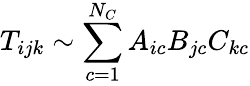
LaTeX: T_{ijk}\sim\sum_{c=1}^{N_{C}}A_{ic}B_{jc}C_{kc}